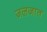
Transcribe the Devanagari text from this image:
जलजात